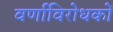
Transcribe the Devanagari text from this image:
वर्णाविरोधकों